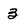
Character: 3